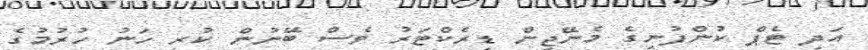
އަދި ޓެޕް ކުންފުނީގެ މެނޭޖިން ޑިރެކްޓަރު ވެސް ބޭނުން ކުރީ ހަނު ހުރުމުގެ